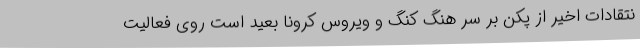
نتقادات اخیر از پکن بر سر هنگ کنگ و ویروس کرونا بعید است روی فعالیت